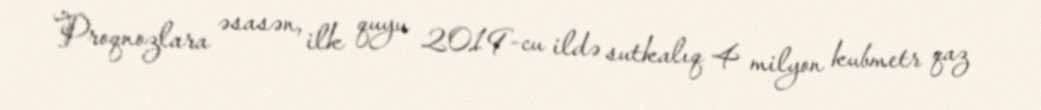
Proqnozlara əsasən, ilk quyu 2019-cu ildə sutkalıq 4 milyon kubmetr qaz